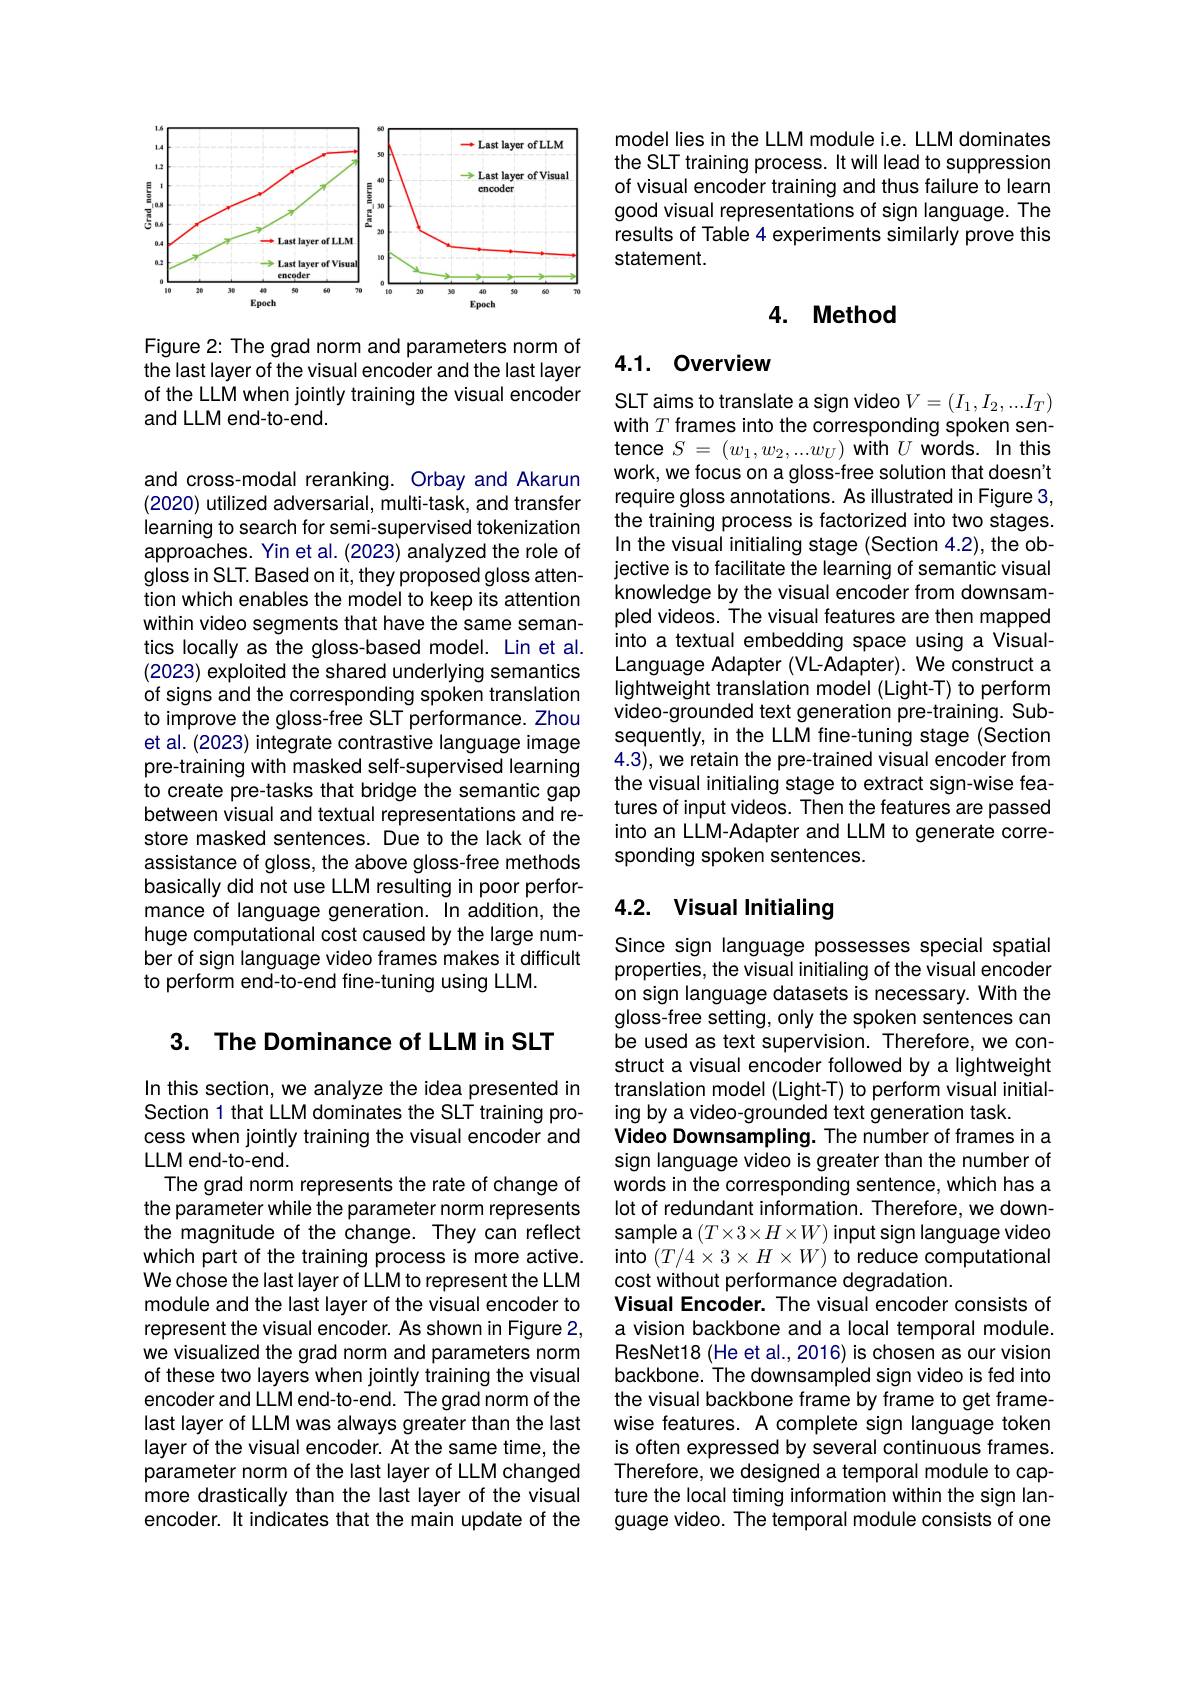
<FigureHere>

Figure 2: The grad norm and parameters norm of the last layer of the visual encoder and the last layer of the LLM when jointly training the visual encoder and LLM end-to-end.

and cross-modal reranking. Orbay and Akarun (2020) utilized adversarial, multi-task, and transfer learning to search for semi-supervised tokenization approaches. Yin et al. (2023) analyzed the role of gloss in SLT. Based on it, they proposed gloss attention which enables the model to keep its attention within video segments that have the same semantics locally as the gloss-based model. Lin et al. (2023) exploited the shared underlying semantics of signs and the corresponding spoken translation to improve the gloss-free SLT performance. Zhou et al. (2023) integrate contrastive language image pre-training with masked self-supervised learning to create pre-tasks that bridge the semantic gap between visual and textual representations and restore masked sentences. Due to the lack of the assistance of gloss, the above gloss-free methods basically did not use LLM resulting in poor performance of language generation. In addition, the huge computational cost caused by the large number of sign language video frames makes it difficult to perform end-to-end fine-tuning using LLM.

3. The Dominance of LLM in SLT

In this section, we analyze the idea presented in Section 1 that LLM dominates the SLT training process when jointly training the visual encoder and LLM end-to-end.
The grad norm represents the rate of change of the parameter while the parameter norm represents the magnitude of the change. They can reflect which part of the training process is more active. We chose the last layer of LLM to represent the LLM module and the last layer of the visual encoder to represent the visual encoder. As shown in Figure 2, we visualized the grad norm and parameters norm of these two layers when jointly training the visual encoder and LLM end-to-end. The grad norm of the last layer of LLM was always greater than the last layer of the visual encoder. At the same time, the parameter norm of the last layer of LLM changed more drastically than the last layer of the visual encoder. It indicates that the main update of the

model lies in the LLM module i.e. LLM dominates the SLT training process. It will lead to suppression of visual encoder training and thus failure to learn good visual representations of sign language. The results of Table 4 experiments similarly prove this statement.

## 4. Method

## 4.1.0verview

SLT aims to translate a sign video $V=(I_1,I_2,...I_T)$ with $T$ frames into the corresponding spoken sentence $S=(w_{1},w_{2},...w_{U})$ with $U$ words. In this work, we focus on a gloss-free solution that doesn't require gloss annotations. As illustrated in Figure 3, the training process is factorized into two stages. In the visual initialing stage (Section 4.2), the objective is to facilitate the learning of semantic visual knowledge by the visual encoder from downsampled videos. The visual features are then mapped into a textual embedding space using a VisualLanguage Adapter (VL-Adapter). We construct a lightweight translation model (Light-T) to perform video-grounded text generation pre-training. Subsequently, in the LLM fine-tuning stage (Section 4.3), we retain the pre-trained visual encoder from the visual initialing stage to extract sign-wise features of input videos. Then the features are passed into an LLM-Adapter and LLM to generate corresponding spoken sentences.

## 4.2. Visual Initialing

Since sign language possesses special spatial properties, the visual initialing of the visual encoder on sign language datasets is necessary. With the gloss-free setting, only the spoken sentences can be used as text supervision. Therefore, we construct a visual encoder followed by a lightweight translation model (Light-T) to perform visual initialing by a video-grounded text generation task.
Video Downsampling. The number of frames in a sign language video is greater than the number of words in the corresponding sentence, which has a lot of redundant information. Therefore, we downsample a $(T\times3\times H\times W)$ input sign language video into $(T/4\times3\times H\times W)$ to reduce computational cost without performance degradation.
Visual Encoder. The visual encoder consists of a vision backbone and a local temporal module. ResNet18 (He et al.,2016) is chosen as our vision backbone. The downsampled sign video is fed into the visual backbone frame by frame to get framewise features. A complete sign language token is often expressed by several continuous frames. Therefore, we designed a temporal module to capture the local timing information within the sign language video. The temporal module consists of one